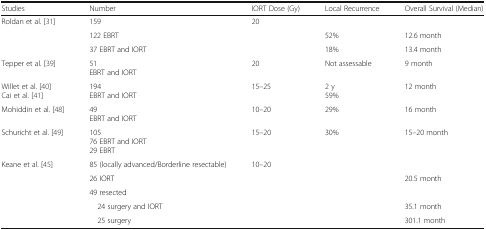
<table><thead><tr><td><b>Studies</b></td><td><b>Number</b></td><td><b>IORT Dose (Gy)</b></td><td><b>Local Recurrence</b></td><td><b>Overall Survival (Median)</b></td></tr></thead><tbody><tr><td rowspan="3">Roldan et al. [31]</td><td>159</td><td>20</td><td></td><td></td></tr><tr><td>122 EBRT</td><td></td><td>52%</td><td>12.6 month</td></tr><tr><td>37 EBRT and IORT</td><td></td><td>18%</td><td>13.4 month</td></tr><tr><td>Tepper et al. [39]</td><td>51EBRT and IORT</td><td>20</td><td>Not assessable</td><td>9 month</td></tr><tr><td>Willet et al. [40]Cai et al. [41]</td><td>194EBRT and IORT</td><td>15–25</td><td>2 y59%</td><td>12 month</td></tr><tr><td>Mohiddin et al. [48]</td><td>49EBRT and IORT</td><td>10–20</td><td>29%</td><td>16 month</td></tr><tr><td>Schuricht et al. [49]</td><td>10576 EBRT and IORT29 EBRT</td><td>15–20</td><td>30%</td><td>15–20 month</td></tr><tr><td rowspan="5">Keane et al. [45]</td><td>85 (locally advanced/Borderline resectable)</td><td>10–20</td><td></td><td></td></tr><tr><td>26 IORT</td><td></td><td></td><td>20.5 month</td></tr><tr><td>49 resected</td><td></td><td></td><td></td></tr><tr><td> 24 surgery and IORT</td><td></td><td></td><td>35.1 month</td></tr><tr><td> 25 surgery</td><td></td><td></td><td>301.1 month</td></tr></tbody></table>